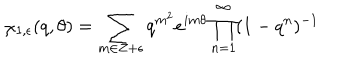
LaTeX: \chi _ { 1 , \epsilon } ( q , \theta ) = \sum _ { m \in Z + \epsilon } q ^ { m ^ { 2 } } e ^ { i m \theta } \prod _ { n = 1 } ^ { \infty } ( 1 - q ^ { n } ) ^ { - 1 }